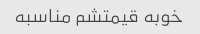
خوبه قیمتشم مناسبه